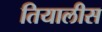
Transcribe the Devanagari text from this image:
तियालीस